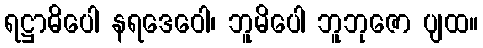
ရဋ္ဌာဓိပေါ နရဒေဝေါ၊ ဘူမိပေါ ဘူဘုဇော ပျထ။